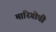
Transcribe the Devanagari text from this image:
मारिगोची